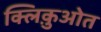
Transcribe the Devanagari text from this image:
क्लिक़ुओत